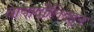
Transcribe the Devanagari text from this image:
वायादोलिदहून